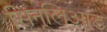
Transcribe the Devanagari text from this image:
सिनूलिआड